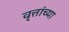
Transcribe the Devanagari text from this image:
वृत्तांच्या